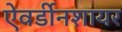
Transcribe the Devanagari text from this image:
ऐवर्डीनशायर